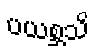
ပယစ္ဆသိ